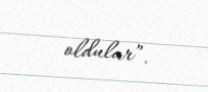
oldular”.